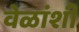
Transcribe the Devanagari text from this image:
वेळांशी